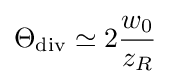
\Theta _{\mathrm {div} }\simeq 2{\frac {w_{0}}{z_{R}}}